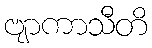
ဗျာကာသီတိ